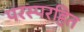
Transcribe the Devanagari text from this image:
परस्परहित